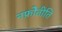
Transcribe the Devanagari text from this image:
नफ्रोेतीति